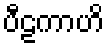
ပီဠကာဟိ